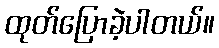
ထုတ်ပြောခဲ့ပါတယ်။